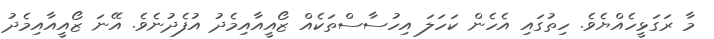
މާ ރަގަޅީހެއްޔެވެ. ހިތުގައި އެހެން ކަހަލަ އިހުސާސްތަކެއް ޒޯއީއާއިމެދު އުފެދުނެވެ. އޭނަ ޒޯއީއާއިމެދު